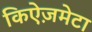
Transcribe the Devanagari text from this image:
किऐज़मेटा